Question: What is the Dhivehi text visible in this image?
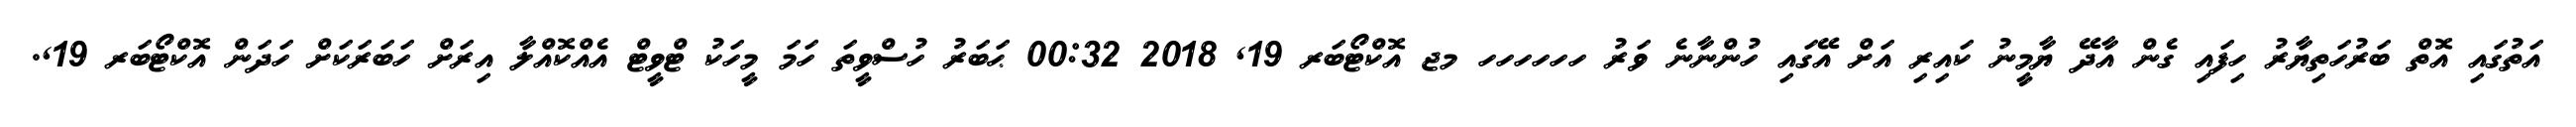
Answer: އަތުގައި އޮތް ބަރުހަތިޔާރު ހިފައި ގެން އާދޭ ޔާމީނު ކައިރި އަށް އޭގައި ހުންނާނެ ވަރު ހހހހހހ މޖ އޮކްޓޯބަރ 19, 2018 00:32 ޙަބަރު ހުސްވީތަ ހަމަ މީހަކު ޓްވީޓް އެއްކޮއްލާ އިރަށް ހަބަރަކަށް ހަދަން އޮކްޓޯބަރ 19,.